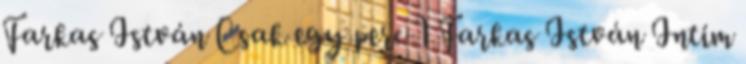
Farkas István Csak egy perc 1 Farkas István Intim